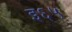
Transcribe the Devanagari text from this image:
इ६५